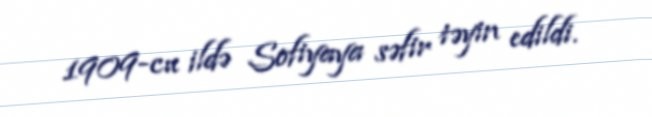
1909-cu ildə Sofiyaya səfir təyin edildi.